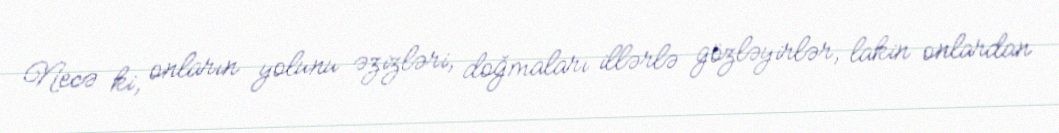
Necə ki, onların yolunu əzizləri, doğmaları illərlə gözləyirlər, lakin onlardan